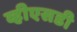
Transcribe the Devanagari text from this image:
व्हीएसडी